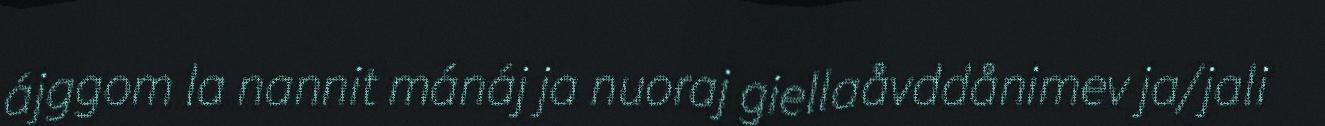
ájggom la nannit mánáj ja nuoraj giellaåvddånimev ja/jali